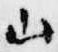
山